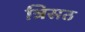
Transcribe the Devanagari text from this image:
त्रिसठ